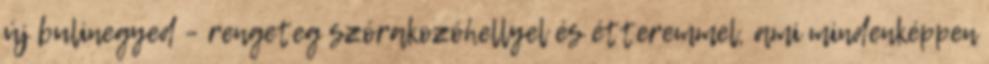
új bulinegyed – rengeteg szórakozóhellyel és étteremmel, ami mindenképpen